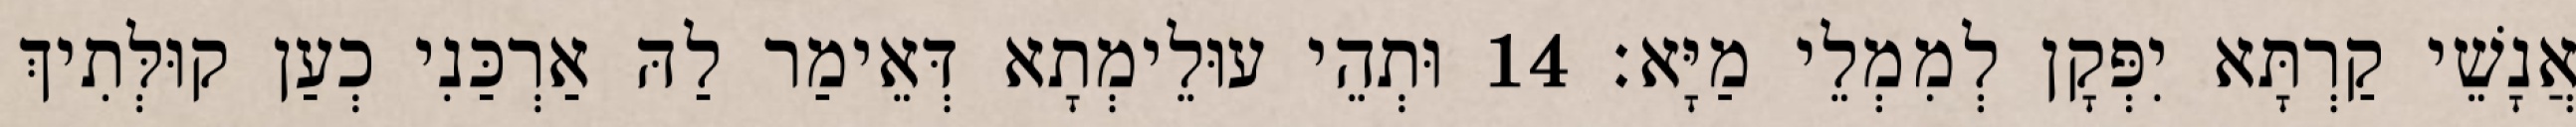
אֲנָשֵׁי קַרְתָּא יִפְּקָן לְמִמְלֵי מַיָּא׃ 14 וּתְהֵי עוּלֵימְתָא דְּאֵימַר לַהּ אַרְכַּנִי כְעַן קוּלְּתִיךְ